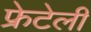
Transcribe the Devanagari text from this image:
फ्रेटेली